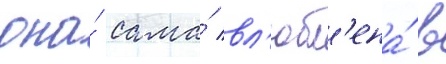
она́ сама́ вл'юбл'ена́ в